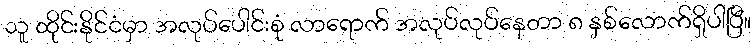
သူ ထိုင်းနိုင်ငံမှာ အလုပ်ပေါင်းစုံ လာရောက် အလုပ်လုပ်နေတာ ၈ နှစ်လောက်ရှိပါပြီ။